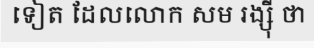
ទៀត ដែលលោក សម រង្ស៊ី ថា